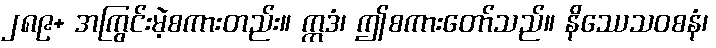
၂၈၉+ အကြွင်းမဲ့စကားတည်း။ ဣဒံ၊ ဤစကားတော်သည်။ နိဿေသဝစနံ၊